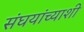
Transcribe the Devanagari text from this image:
संघयांच्याशी